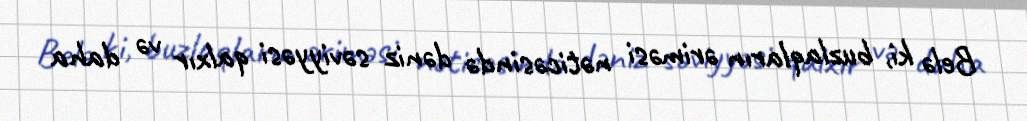
Belə ki, buzlaqların əriməsi nəticəsində dəniz səviyyəsi qalxır və daha